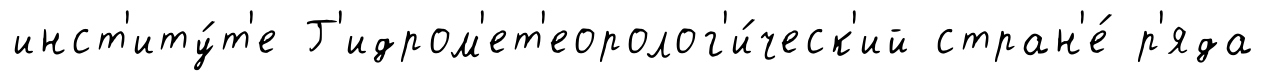
инст'иту́т'е Г'идром'ет'еоролог'и́ческ'ий стран'е́ р'яда